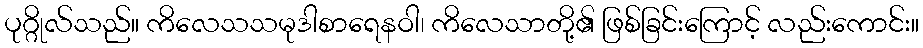
ပုဂ္ဂိုလ်သည်။ ကိလေသသမုဒါစာရေနဝါ၊ ကိလေသာတို့၏ ဖြစ်ခြင်းကြောင့် လည်းကောင်း။